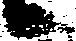
候